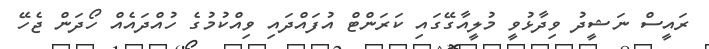
ރައީސް ނަޝީދު ވިދާޅުވީ މުލީއާގޭގައި ކަރަންޓް އުފައްދައި ވިއްކުމުގެ ހުއްދައެއް ހޯދަން ޖެހޭ